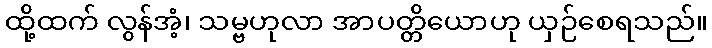
ထို့ထက် လွန်အံ့၊ သမ္ဗဟုလာ အာပတ္တိယောဟု ယှဉ်စေရသည်။